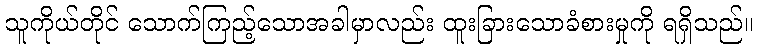
သူကိုယ်တိုင် သောက်ကြည့်သောအခါမှာလည်း ထူးခြားသောခံစားမှုကို ရရှိသည်။